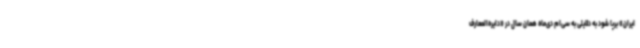
ایران» برپا شود به دلایلی به سی‌ام دی‌ماه همان سال در «دایره‌المعارف